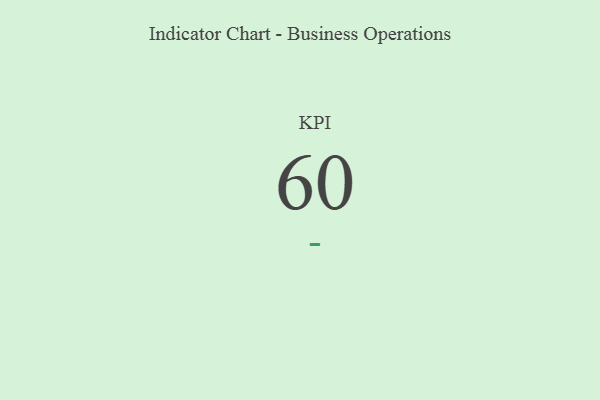
{"axis": {"x": "KPI", "y": "Value"}, "legend": [""], "data": [{"x": "KPI", "y": 60, "type": ""}]}